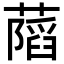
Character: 𦾩